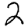
Digit: 2